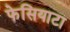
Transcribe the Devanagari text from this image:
फेसियाटा